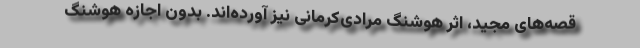
قصه‌های مجید، اثر هوشنگ مرادی‌کرمانی نیز آورده‌اند. بدون اجازه هوشنگ